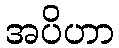
အပိဟာ